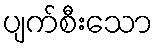
ပျက်စီးသော